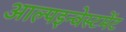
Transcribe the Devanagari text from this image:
आल्पइन्वेस्टमेंट